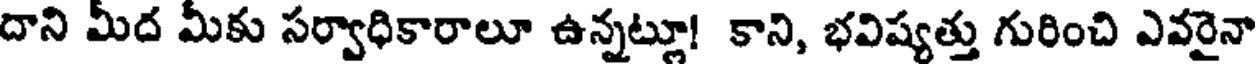
దాని మీద మీకు సర్వాధికారాలూ ఉన్నట్లూ! కాని, భవిష్యత్తు గురించి ఎవరైనా